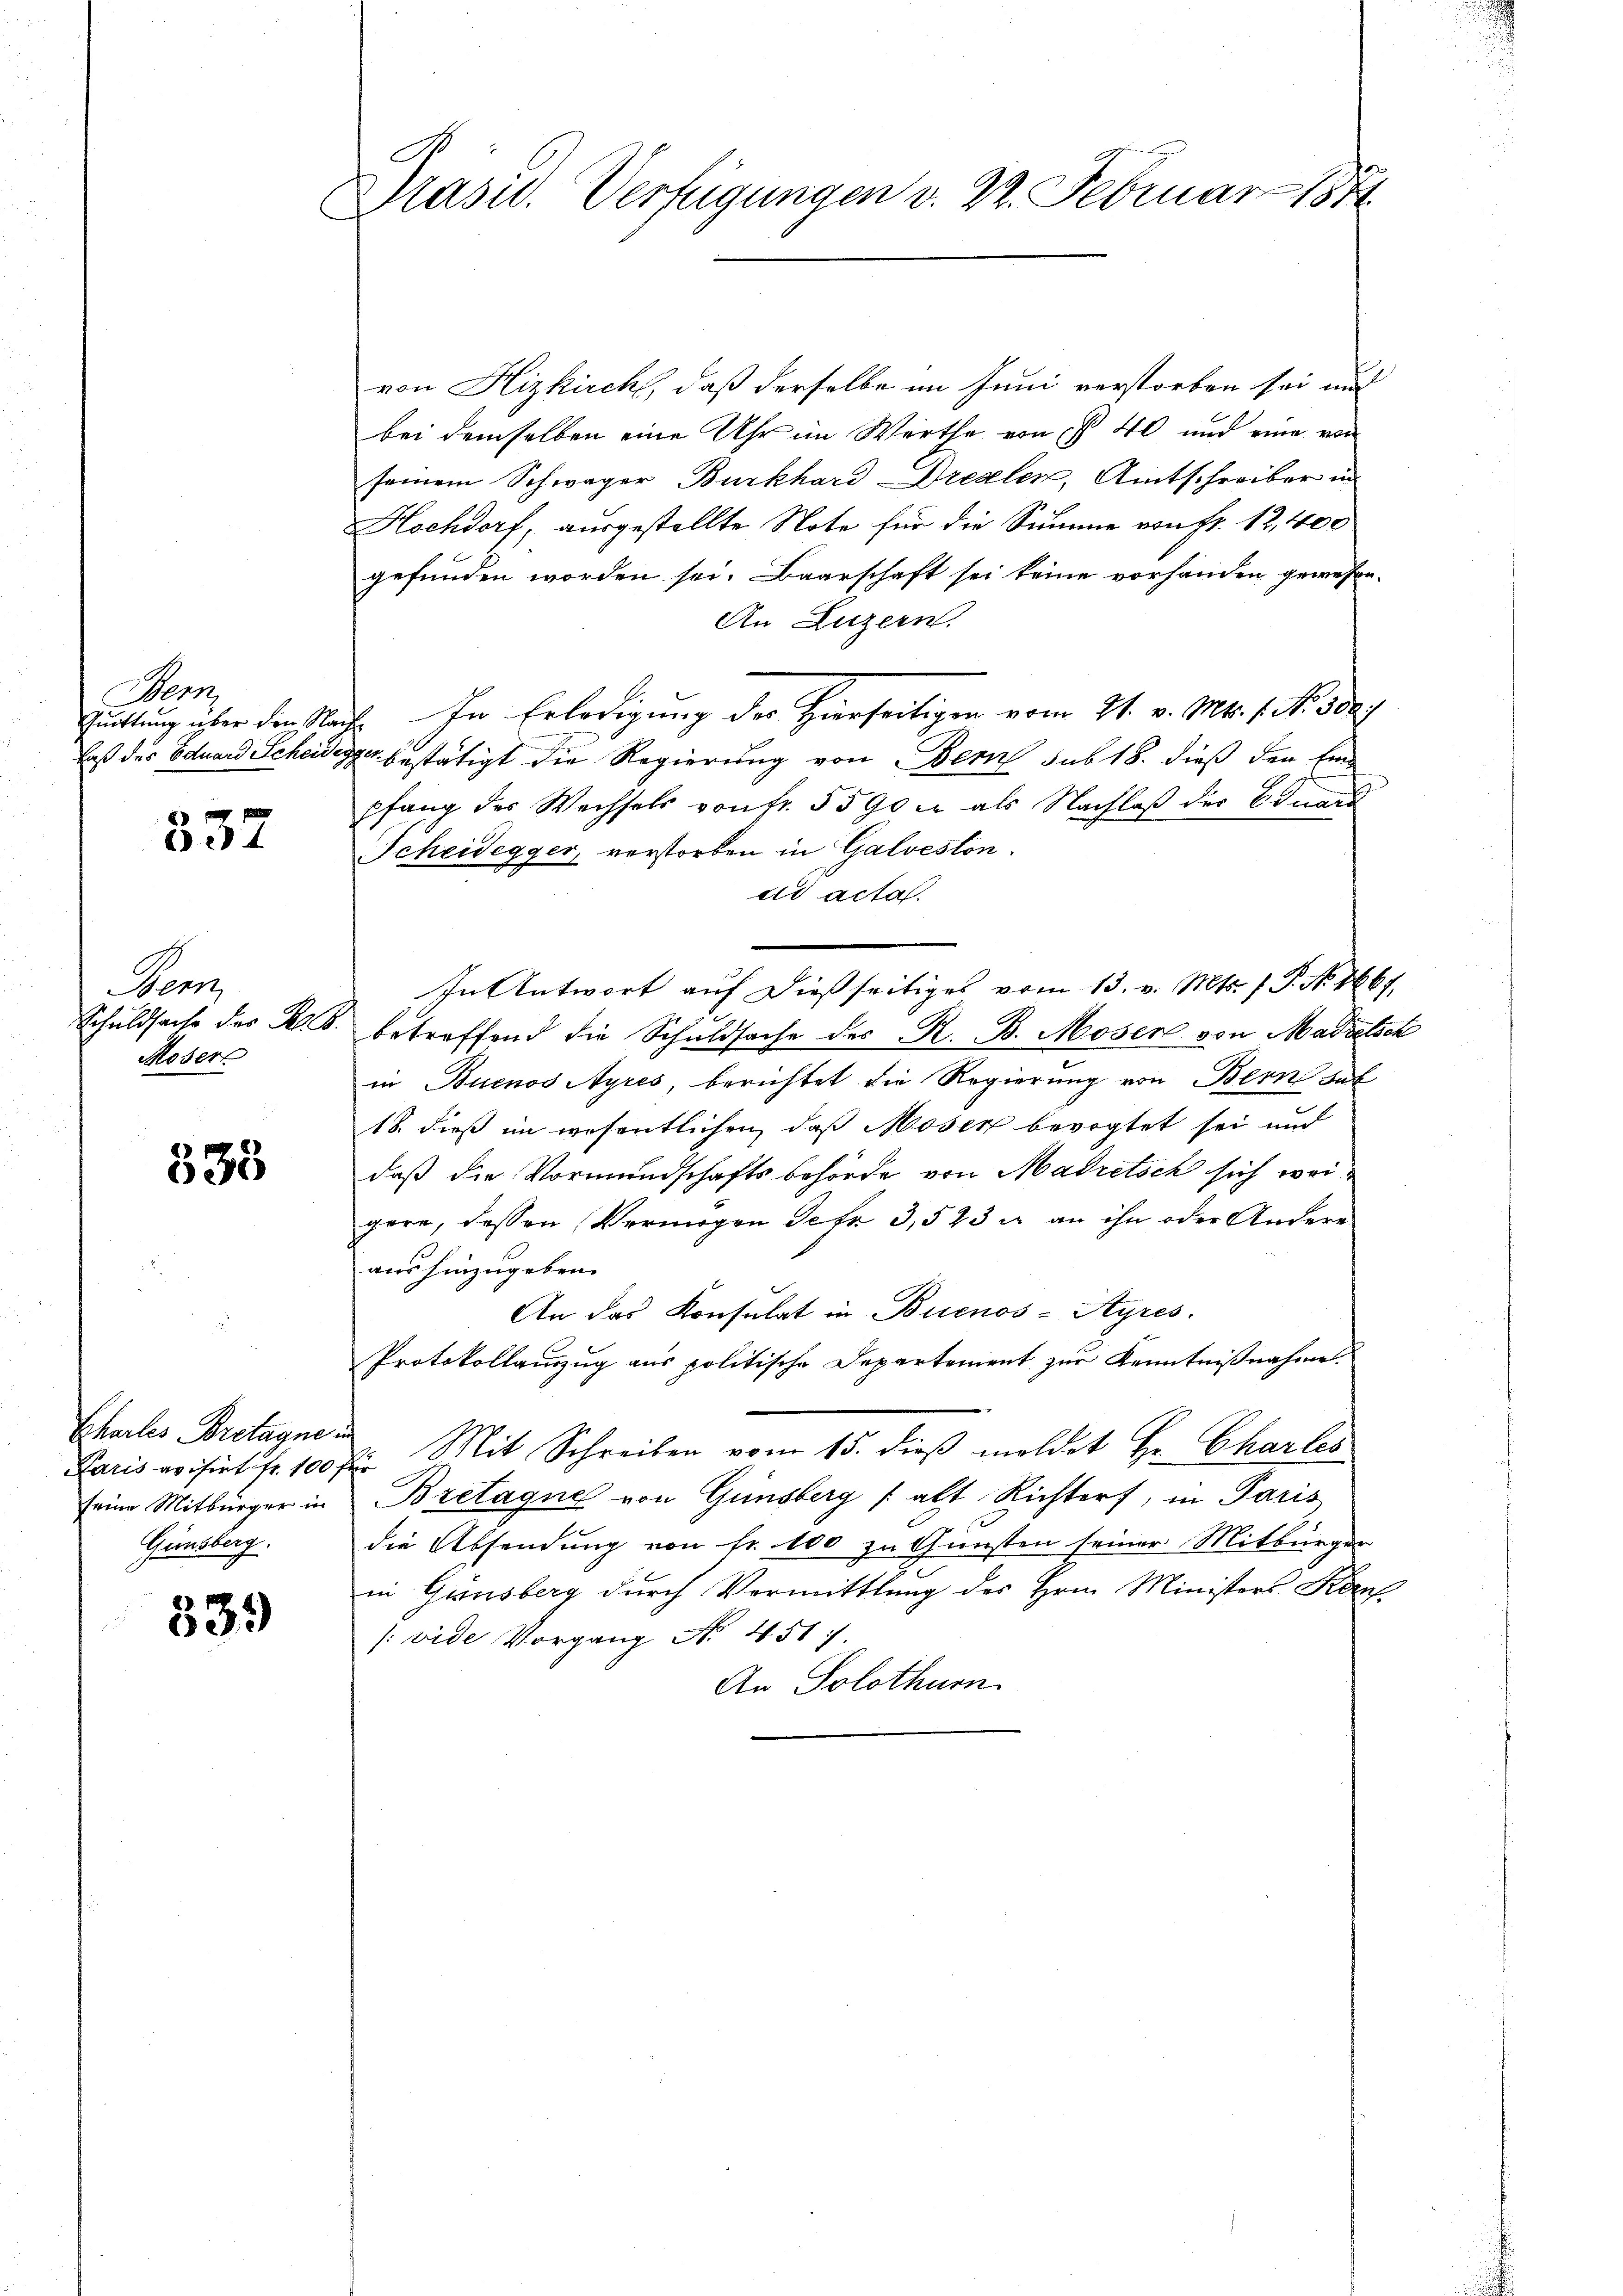
Denn
Quittung über den Nac
laß des Eduard Scheid-

d
537

Denz
Schuldsache des Reces
Moser

335

Paris avisirt fr. 100 für
seine Mitbürger in
Günsberg.

539

C
Masid. Verfügungen v. 22. Februar 1874.

von Hizkirch, daß derselbe im Juni verstorben sei und
bei demselben eine Uhr im Werthe von § 40 und eine von
seinem Schwager Burkhard Drexler, Amtschreiber in
Hochdorf, ausgestellte Note für die Summe von Fr. 12,400
gefunden worden sei. Baarschaft sei keine vorhanden gewesen.
An Luzern.
In Erledigung der Hierseitigen vom 21. v. Mts. f. No. 3000
t
d bestätigt die Regierung von Bern sub 18. dieß den Eine
pfang des Wechsels von fr. 5590 u. als Nachlaß der Finand
Scheidegger, verstorben in Galveston.
dis acta.
In Antwort auf dießseitiges vom 13. v. Mts. f. P. No. 1667.
 betreffend die Schuldsache des R. B. Moser von Madretsch
in Buenos Ayres, berichtet die Regierung von Bern hat
18. dieß im wesentlichen, daß Moser bevogtet sei und
daß die Vormundschaftsbehörde von Madretsch sich weigern, dessen Vermögen Petr. 3,523 u. an ihn oder Andere
aushinzugeben.
An das Konsulat in Buenos-Ayres
Protokollauszug aus politische Departement zur Kenntnißnahme.
Chales Bretagne. " Mit Schreiben vom 15. dieß meldet Hr. Charles
Bretagne von Günsberg (alt Richter, in Paris
die Absendung von fr. 100 zu Gunsten seiner Mitbürger
in Ginsberg durch Vermittlung des Hrn. Ministers Kan
(vide Vorgang No. 451 f.
An Solothurn